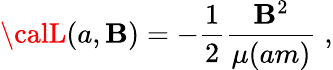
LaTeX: {\calL}(a,\mathbf{B})=-\frac{{1}}{{2}}\frac{{\mathbf{B}^{2}}}{{\mu(am)}}\; ,